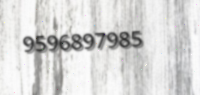
9596897985